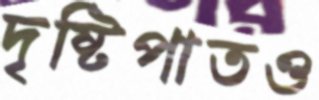
দৃষ্টিপাতও